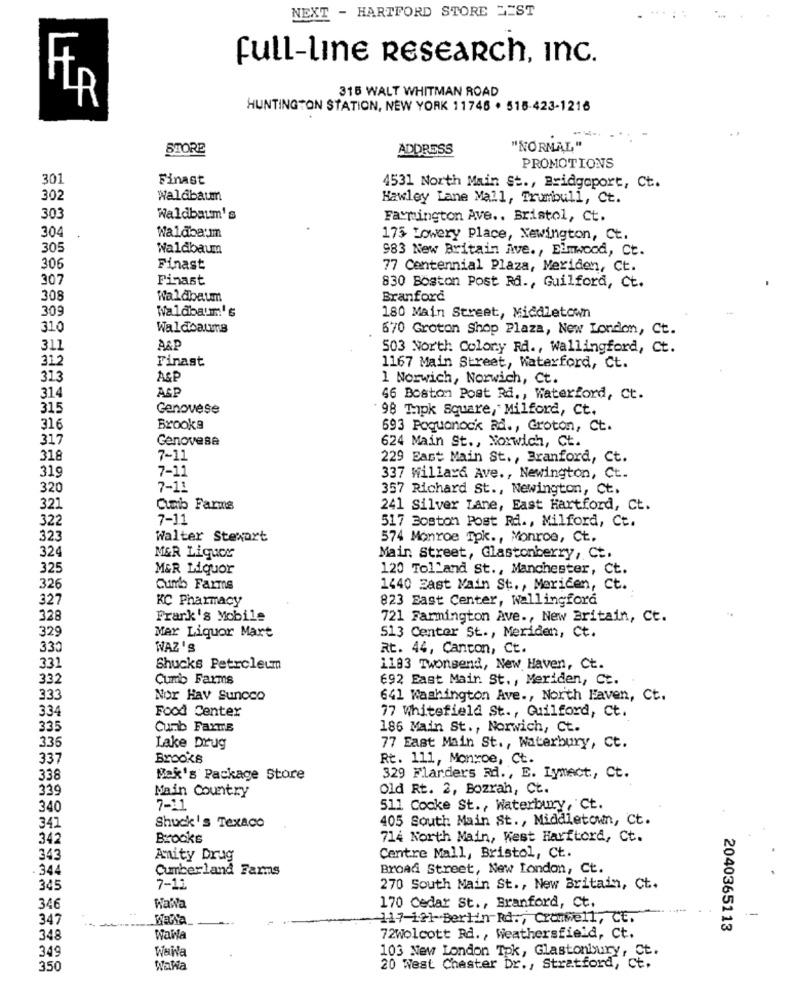
NEXT - HARTFORD STORE 2EST
full-line RESEARCh, Inc.
316 WALT WHITMAN ROAD
HR
HUNTINGTON STATION, NEW YORK 11746 . 515-423-1216
STORE
ADDRESS
"NORMAL"
PROMOTIONS
301
Finast
4531 North Main St ., Bridgeport, Ct.
302
Waldbaum
Hawley Lane Mall, Trumbull, Ct.
303
Waldbaum's
Farmington Ave .. Bristol, Ct.
304
Waldba'mm
175 Lowery Place, Newington, Ct.
305
Waldbaum
983 New Britain Ave ., Elmwood, Ct.
306
Finast
77 Centennial Plaza, Meriden, Ct.
307
Finast
830 Boston Post Rå ., Guilford, Ct.
308
Waldbaum
Branford
309
Waldbaum's
180 Main Street, Middletown
310
Waldoaus
670 Groton Shop Plaza, New London, Ct.
311
A&P
503 North Colony Rd ., Wallingford, Ct.
312
Finast
1167 Main Street, Waterford, Ct.
313
AGE
1 Norwich, Norwich, Ct.
314
AGE
46 Boston Post Rd ., Waterford, Ct.
315
Genovese
' 98 Thpk Square, Milford, Ct.
316
Brooks
693 Poquonock Rd ., Groton, Ct.
317
Genovese
624 Main St ., Norwich, Ct.
318
7-11
229 East Main St ., Branford, Ct.
7-11
319
337 willard Ave ., Newington, Ct.
320
7-11
357 Richard St ., Newington, Ct.
321
Cumb Farms
241 Silver Lane, East Hartford, Ct.
322
7-11
517 Boston Post Rd ., Milford, Ct.
323
Walter Stewart
574 Monroe Tpk ., Monroe, Ct.
32
MGR Liquor
Main Street, Glastonberry, Ct.
325
MER Liquor
120 Tolland St ., Manchester, Ct.
326
Curb Farms
1440 Zast Main St ., Mericen, Ct.
327
KC Pharmacy
823 East Center, Wallingford
328
Frank's Mobile
721 Farmington Ave ., New Britain, Ct.
329
Mer Liquor Mart
513 Center St ., Meriden, Ct.
330
WAZ 'S
Rt. 44, Canton, Ct.
331
Shucks Petroleum
1183 Twonsend, New Haven, Ct.
332
Curb Farms
692 East Mair. St ., Meriden, Ct.
333
Nor Hav Sunoco
641 Washington Ave ., North Haven, Ct.
334
Food Center
77 Whitefield St ., Guilford, Ct.
335
Cumb Farms
186 Main St ., Norwich, Ct.
336
Lake Drug
77 East Main St ., Waterbury, Ct.
337
Brooks
Rt. 111, Monroe, Ct.
338
Mak's Package Store
329 Flanders Rd ., E. Lymect ., Ct.
339
Main Country
Old Rt. 2, Bozrah, Ct.
340
7-11
511 Cooke St ., Waterbury, Ct.
405 South Main St ., Middletown, Ct.
341
Shuck's Texaco
342
Brooks
714 North Main, West Harftord, Ct.
343
Anity Drug
Centre Mall, Bristol, Ct.
34
Cumberland Farms
Broad Street, New London, Ct.
345
7-11
270 South Main St ., New Britain, Ct.
346
Walva
170 Cedar St ., Branford, Ct.
--
347
-117-121-Berlin Rd ., Cromwell, Ct.
2040365113
348
Wawla
72Wolcott Rd ., Weathersfield, Ct.
349
WaWa
103 New London Tpk, Glastonbury, Ct.
350
Wala
20 West Chester Dr ., Stratford, ct.